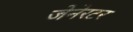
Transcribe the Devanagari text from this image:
जेनेरटर